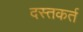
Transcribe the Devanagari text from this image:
दस्तकर्त